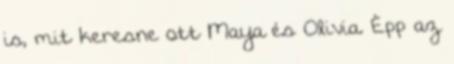
is, mit keresne ott Maya és Olivia. Épp az